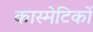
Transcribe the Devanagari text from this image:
कास्मेटिकों